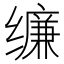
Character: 𰬾